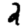
Digit: 2